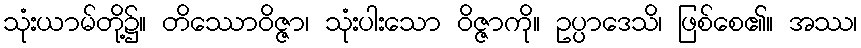
သုံးယာမ်တို့၌။ တိဿောဝိဇ္ဇာ၊ သုံးပါးသော ဝိဇ္ဇာကို။ ဥပ္ပာဒေသိ၊ ဖြစ်စေ၏။ အဿ၊